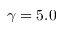
\gamma = 5 . 0